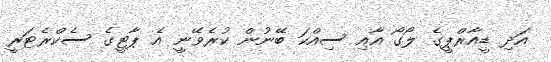
އަދި ޑީއާރްޕީގެ ލޯގޯ އާއި ސިއްކަ ބޭނުން ކުރެވޭނީ އެ ޕާޓީގެ ސެކްރެޓަރީ